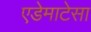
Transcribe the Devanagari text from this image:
एडेमाटेसा